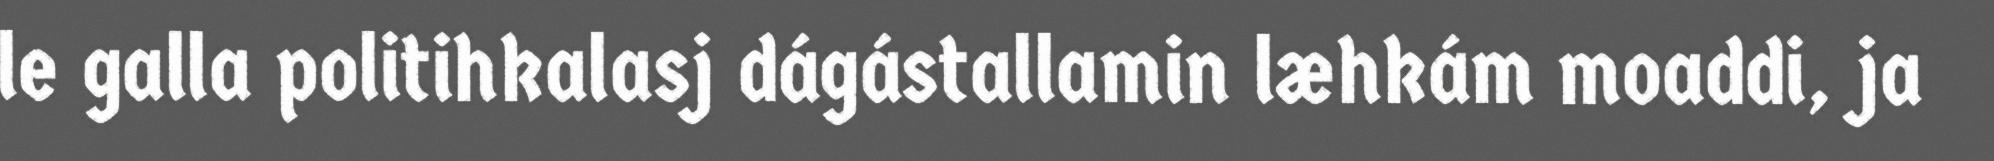
le galla politihkalasj dágástallamin læhkám moaddi, ja